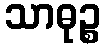
သာဓုဉ္စ